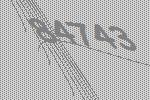
84743